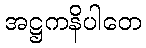
အဋ္ဌကနိပါတေ